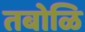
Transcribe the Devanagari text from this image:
तबोळि